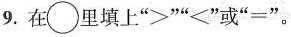
9.在\bigcirc里填上”””<”或”=”。